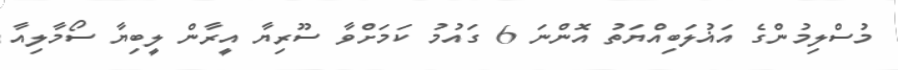
މުސްލިމުންގެ އަޣުލަބިއްޔަތު އޮންނަ 6 ގައުމު ކަމަށްވާ ސޫރިޔާ އީރާން ލީބިޔާ ސޯމާލިއާ